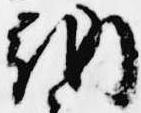
納